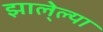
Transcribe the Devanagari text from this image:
झाले्ल्या